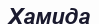
Хамида